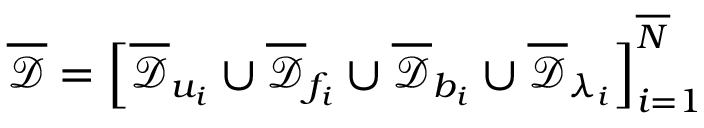
\mathcal { \overline { { D } } } = \left[ \mathcal { \overline { { D } } } _ { u _ { i } } \cup \mathcal { \overline { { D } } } _ { f _ { i } } \cup \mathcal { \overline { { D } } } _ { b _ { i } } \cup \mathcal { \overline { { D } } } _ { { \lambda } _ { i } } \right] _ { i = 1 } ^ { \overline { { N } } }